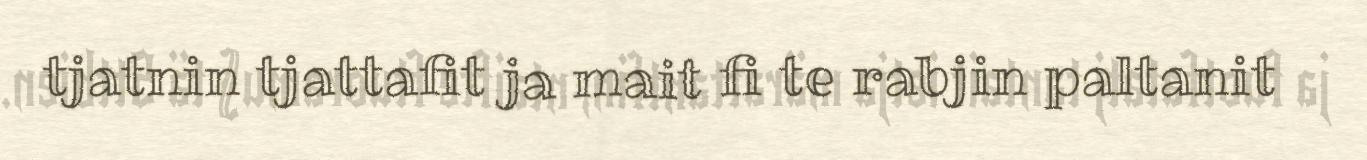
tjatnin tjattafit ja mait fi te rabjin paltanit